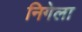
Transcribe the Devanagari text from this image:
निगेला